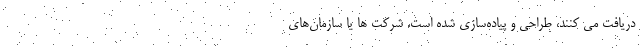
دریافت می کنند، طراحی و پیاده‌سازی شده است. شرکت ها یا سازمان‌های